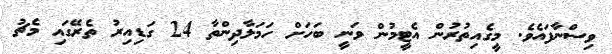
ވިސްނާފައެވެ. މީގެއިތުރުން އެޓީމުން ވަނީ ބަހަށް ހަމަލާދިންތާ 24 ގަޑިއިރު ތެރޭގައި މެޗު